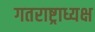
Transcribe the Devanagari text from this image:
गतराष्ट्राध्यक्ष